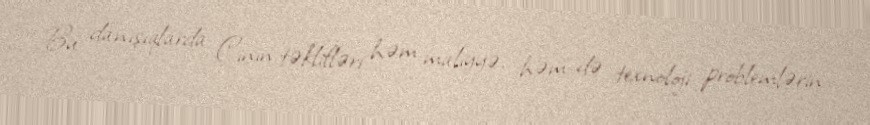
Bu danışıqlarda Çinin təklifləri həm maliyyə, həm də texnoloji problemlərin